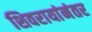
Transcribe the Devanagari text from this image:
शिवरायांनंतर